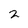
Character: 2